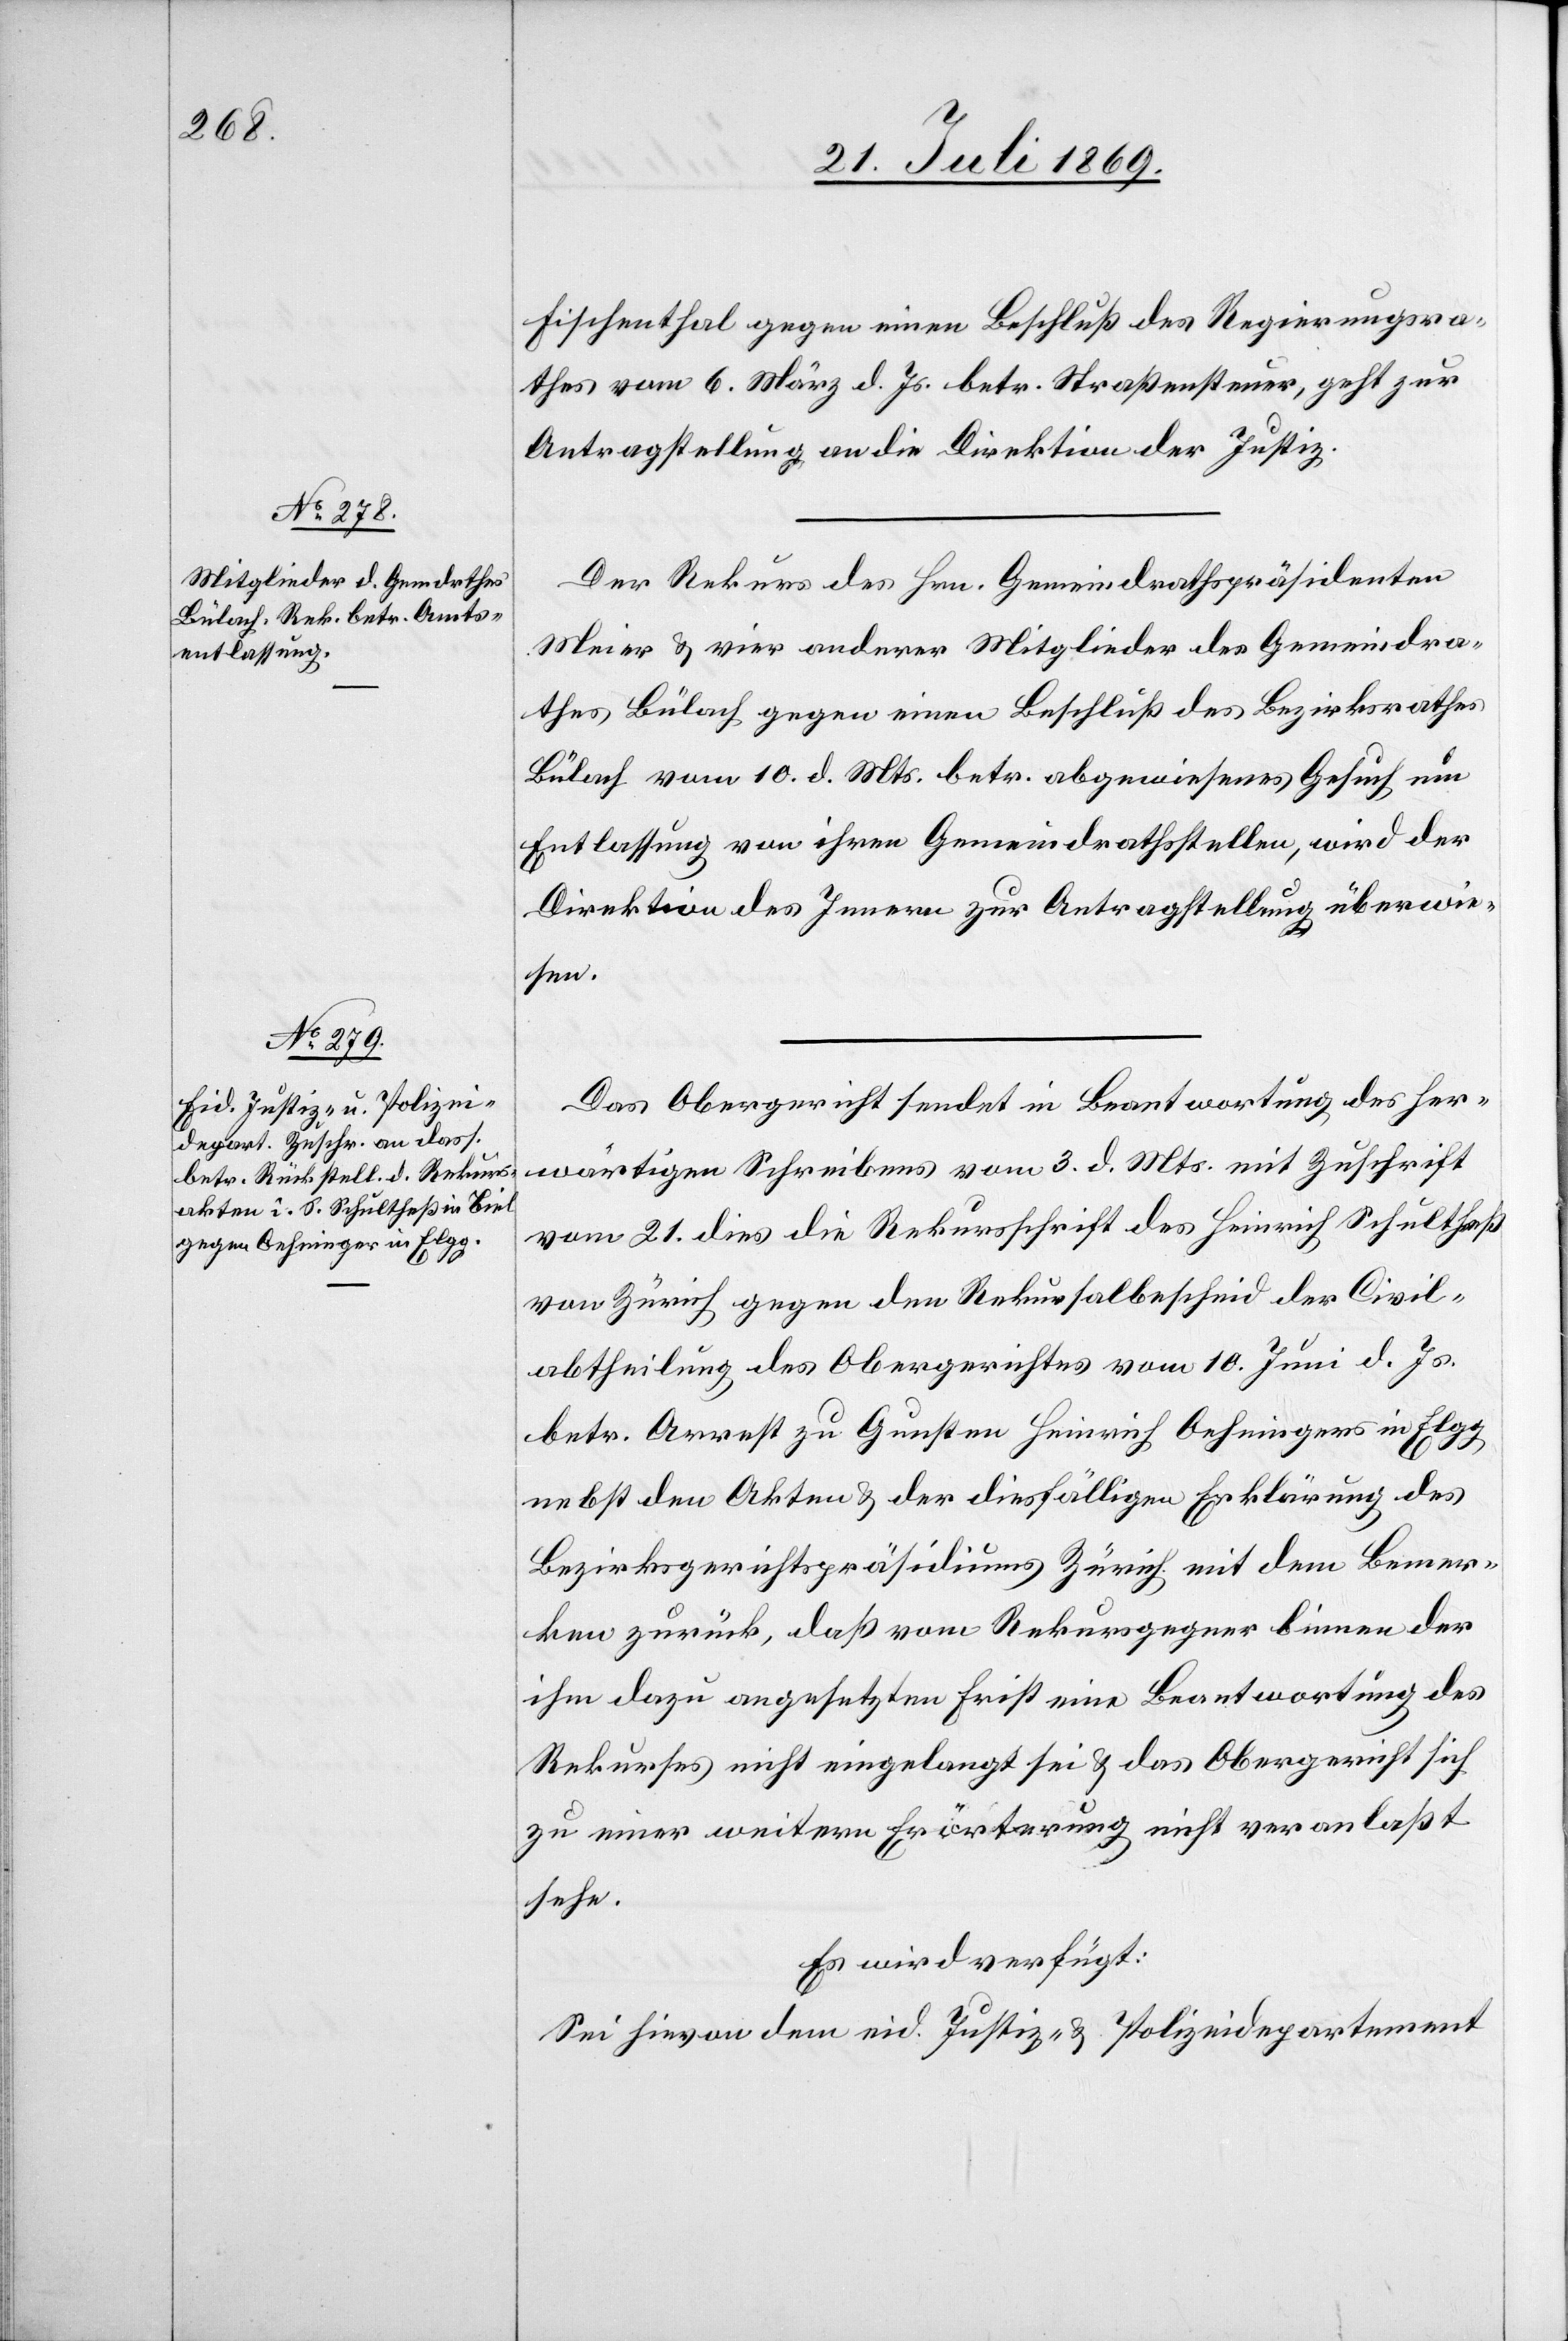
23. Juli 1869.]
Fischenthal gegen einen Beschluß des Regierungsra¬
thes vom 6. März d. Js. betr. Straßensteuer, geht zur
Antragstellung an die Direktion der Justiz.
Der Rekurs des Hrn. Gemeindrathspräsidenten
Meier u. vier anderer Mitglieder des Gemeindra¬
thes Bülach gegen einen Beschluß des Bezirksrathes
Bülach vom 10. d. Mts. betr. abgewiesenes Gesuch um
Entlassung von ihren Gemeindrathsstellen, wird der
Direktion des Innern zur Antragstellung überwie¬
sen.
Das Obergericht sendet in Beantwortung des her¬
wärtigen Schreibens vom 3. d. Mts. mit Zuschrift
vom 21. dies die Rekursschrift des Heinrich Schultheß
von Zürich gegen den Rekursalbescheid der Civil¬
abtheilung des Obergerichtes vom 10. Juni d. Js.
betr. Arrest zu Gunsten Heinrich Oehningers in Elgg
nebst den Akten u. der diesfälligen Erklärung des
Bezirksgerichtspräsidiums Zürich mit dem Bemer¬
ken zurück, daß vom Rekursgegner binnen der
ihm dazu angesetzten Frist eine Beantwortung des
Rekurses nicht eingelangt sei u. das Obergericht sich
zu einer weitern Erörterung nicht veranlaßt
sehe.
Es wird verfügt:
Sei hievon dem eid. Justiz- u. Polizeidepartement